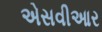
એસવીઆર